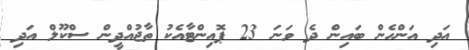
އަދި އަންހެން ބައިން ދެ ވަނަ 23 ޕޮއިންޓާއެކު ތާޖުއްދީން ސްކޫލް އަދި